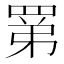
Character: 罤